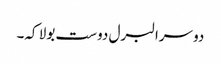
دوسرا لبرل دوست بولا کہ۔